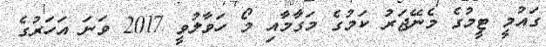
ގައުމީ ޓީމުގެ މެނޭޖަރު ކަމުގެ މަގާމާއި މޯ ހަވާލުވީ 2017 ވަނަ އަހަރުގެ